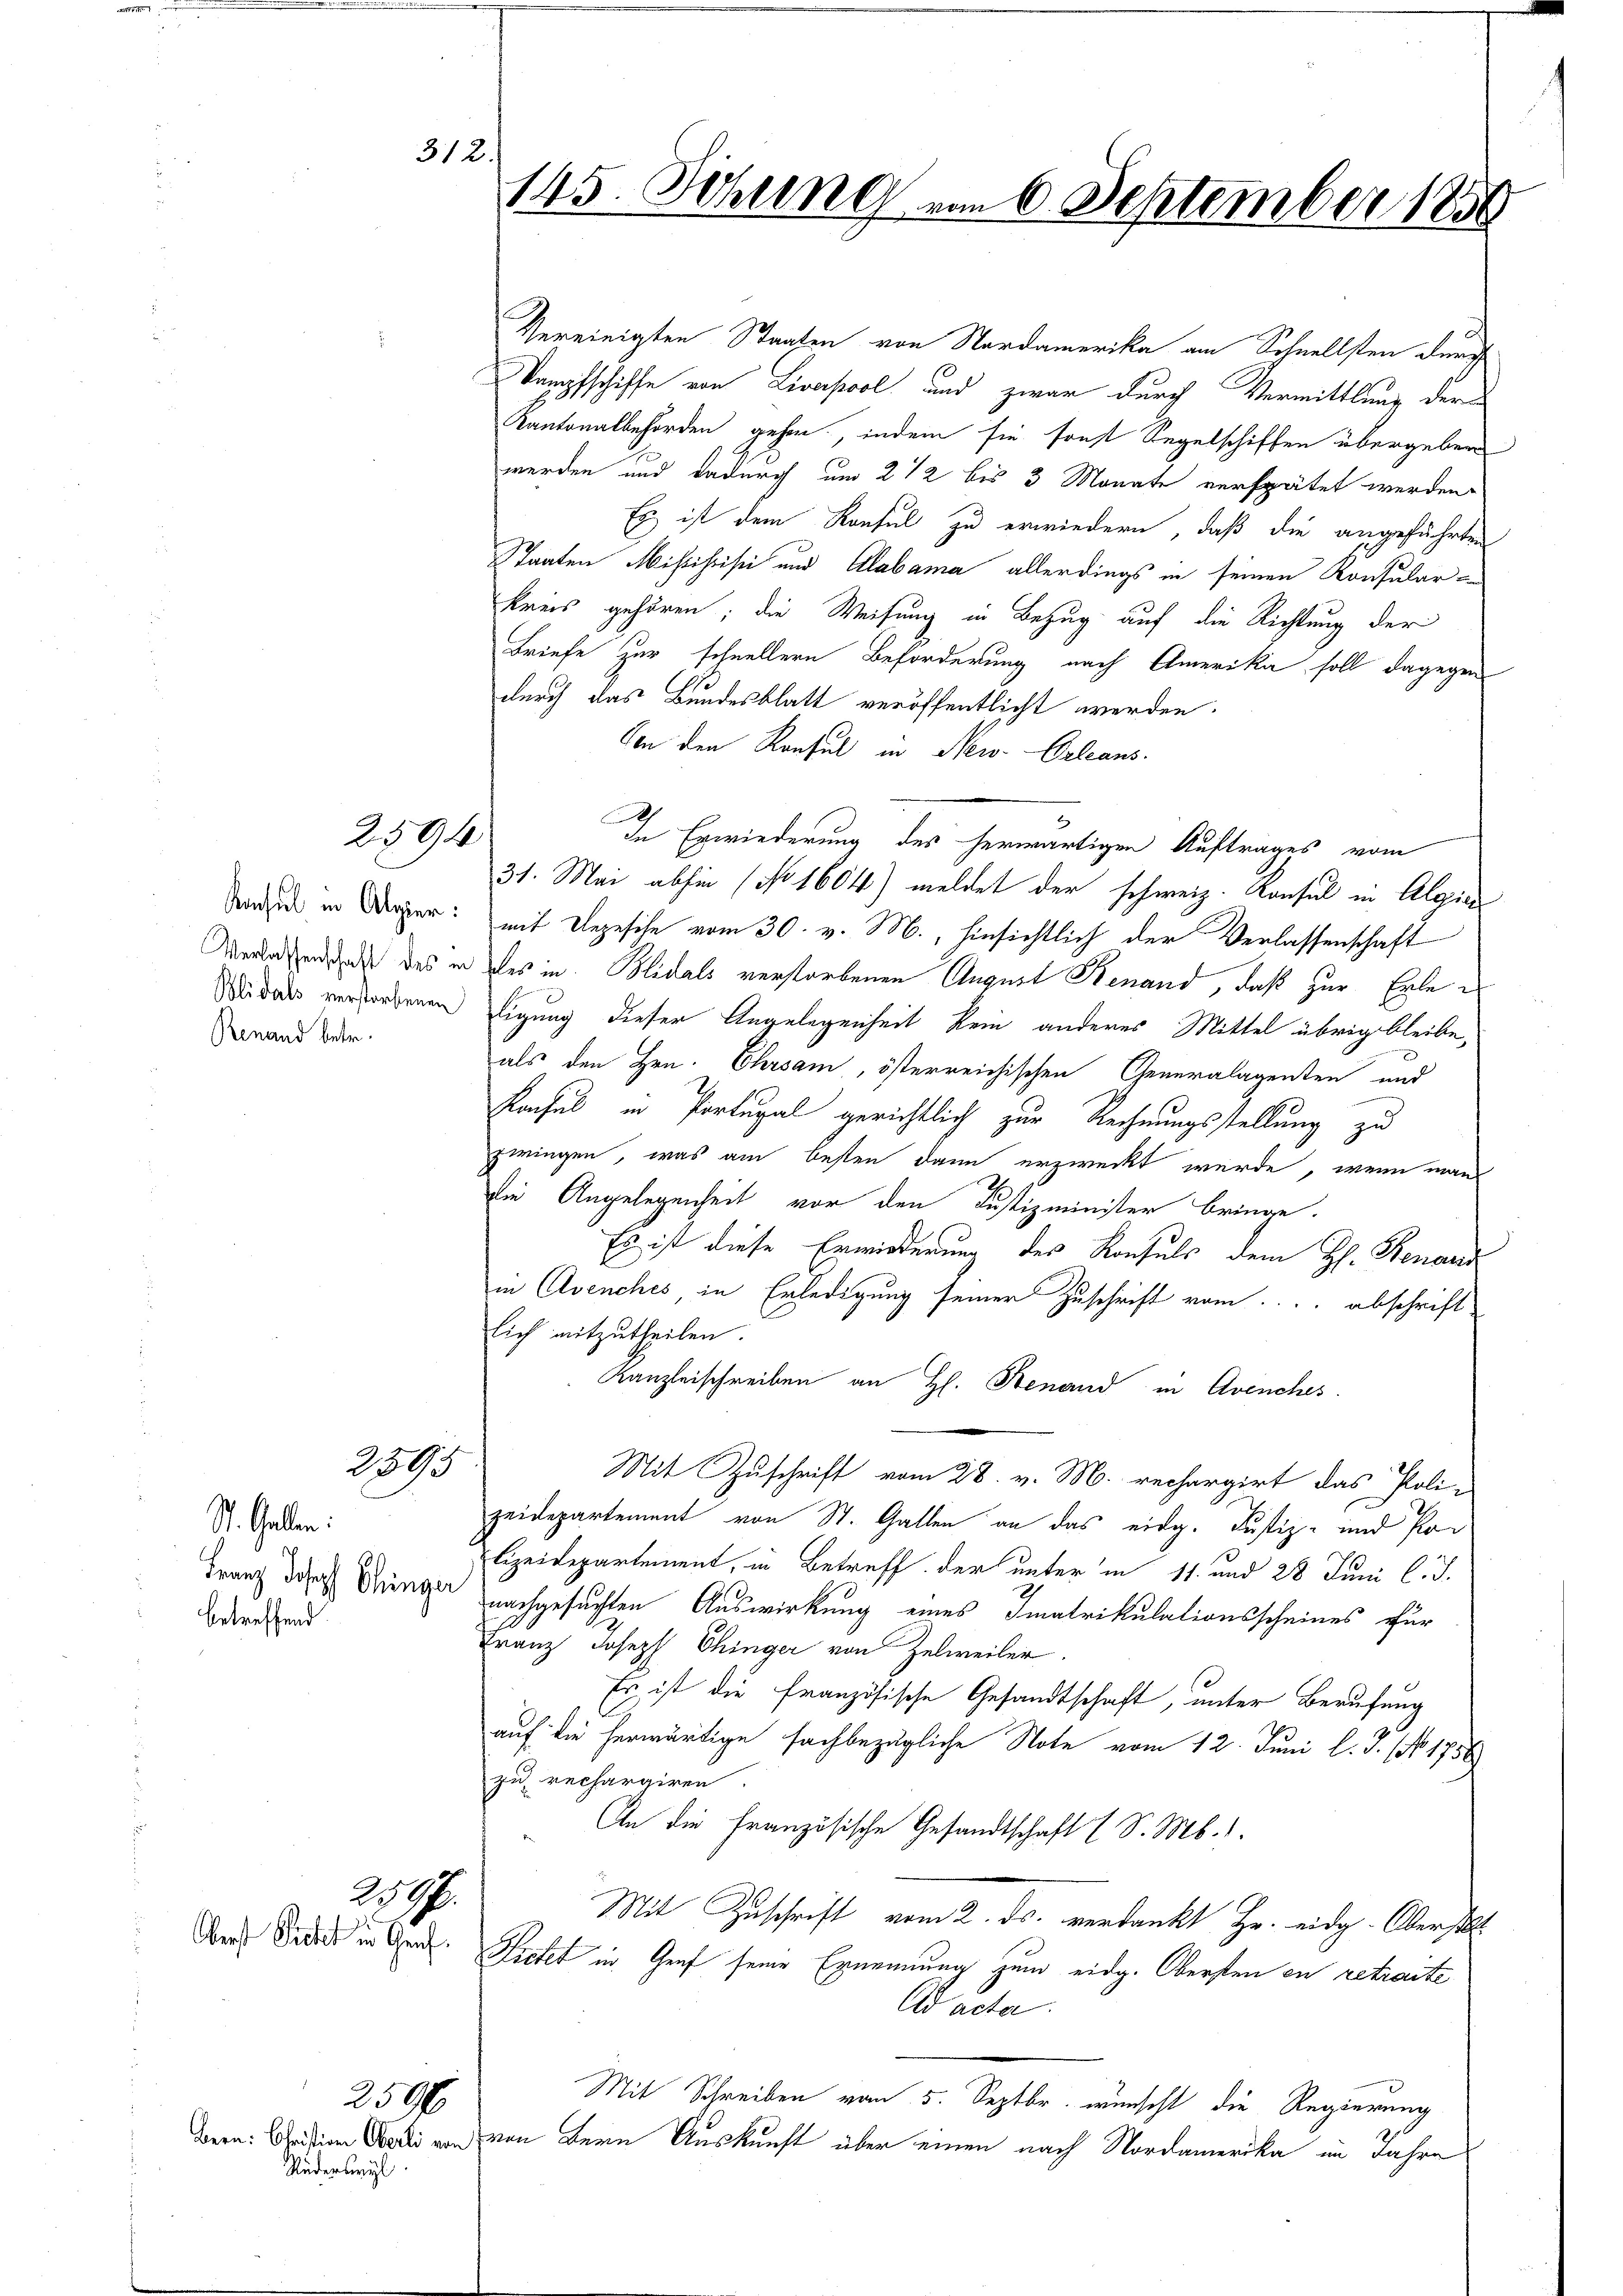
Renand betr.

St. Gallen.
Franz Joseph Chinger
betreffend

Oberst Richt in Graf

Rudersel

2594

259

312.

2596.

250f

Vereinigten Strafen von Nordamerika am Schnellsten durch
Kampfschiffe von Liverpool und zwar durch Vermittlung der
Kantonalbehörden gehen, indem sie sonst Segelschiffen übergeben
werden und dadurch um 2 1/2 bis 3 Monate verspätet werden.
Es ist dem Konsul zu erwiedern, daß die angeführten
Taaten Missihisi und Alabama allerdings in seinen Konsular-
Kreis gehören; die Weisung in Bezug auf die Richtung der
Briefe zur schnellern Beförderung nach Amerika soll dagegen
durch das Bundesblatt veröffentlicht werden.
Von den Konsul in New-Orleans
31. Mai abhin (No 1604) meldet der schweiz. Konsul in Algien
dinie in Oper: mit Depesche vom 30. v. M., hinsichtlich der Verlassenschaft
Verlesenden des in des in Blidals verstorbenen August Renand, daß zur Erle er
Widers verfordenen ligung dieser Angelegenheit kein anderes Mittel übrig bleibe,
als den Hrn. Ehrsam, österreichischen Generalagenten und
Konsul in Portugal gerichtlich zur Rechnungsstellung zu
zwingen, was am besten dann erzweckt wurde, wenn man
Die Angelegenheit vor den Justizminister bringe.
Es ist diese Erwiederung des Konsuls dem H. Benand
in Avenches, in Erledigung seiner Zuschrift vom abschrift
Eich mitzutheilen.
Kanzleischreiben an H. Benand in Avenches
Mit Zuschrift vom 28. v. M. rechargirt das Poli-
zeidepartement von St. Gallen an das eidg. Justiz- und Polizeidepartement, in Betreff der unter in 11. und 28 Juni l. J.
nachgesuchten Auswirkung eines Imatrikulationsscheines für
Franz Joseph Chinger von Zelweiler
Es ist die französische Gesandtschaft, unter Berufung
auf die herwärtige fachbezügliche Note vom 12. Juni l. J. NNo. 1756
zu rechargiren
An die französische Gesandtschaft (S. M. 1.
Mit Zuschrift vom 2. ds. verdankt Hr. eidg. Oberst
Fietet in Genf seine Ernennung zum eidg. Obersten en retracte
Ad acta
Mit Schreiben vom 5. Septbr. wünscht die Regierung
wern: Chrision Sei von von Bern Auskunft über einen nach Nordamerika im Jahre

145. Sitzung am 6. September 1856

In Erwiederung des herwärtigen Auftrages vom